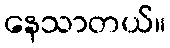
နေသာတယ်။